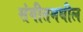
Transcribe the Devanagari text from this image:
संगीतमधील